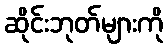
ဆိုင်းဘုတ်များကို